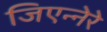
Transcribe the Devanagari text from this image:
जिएन्नेरे